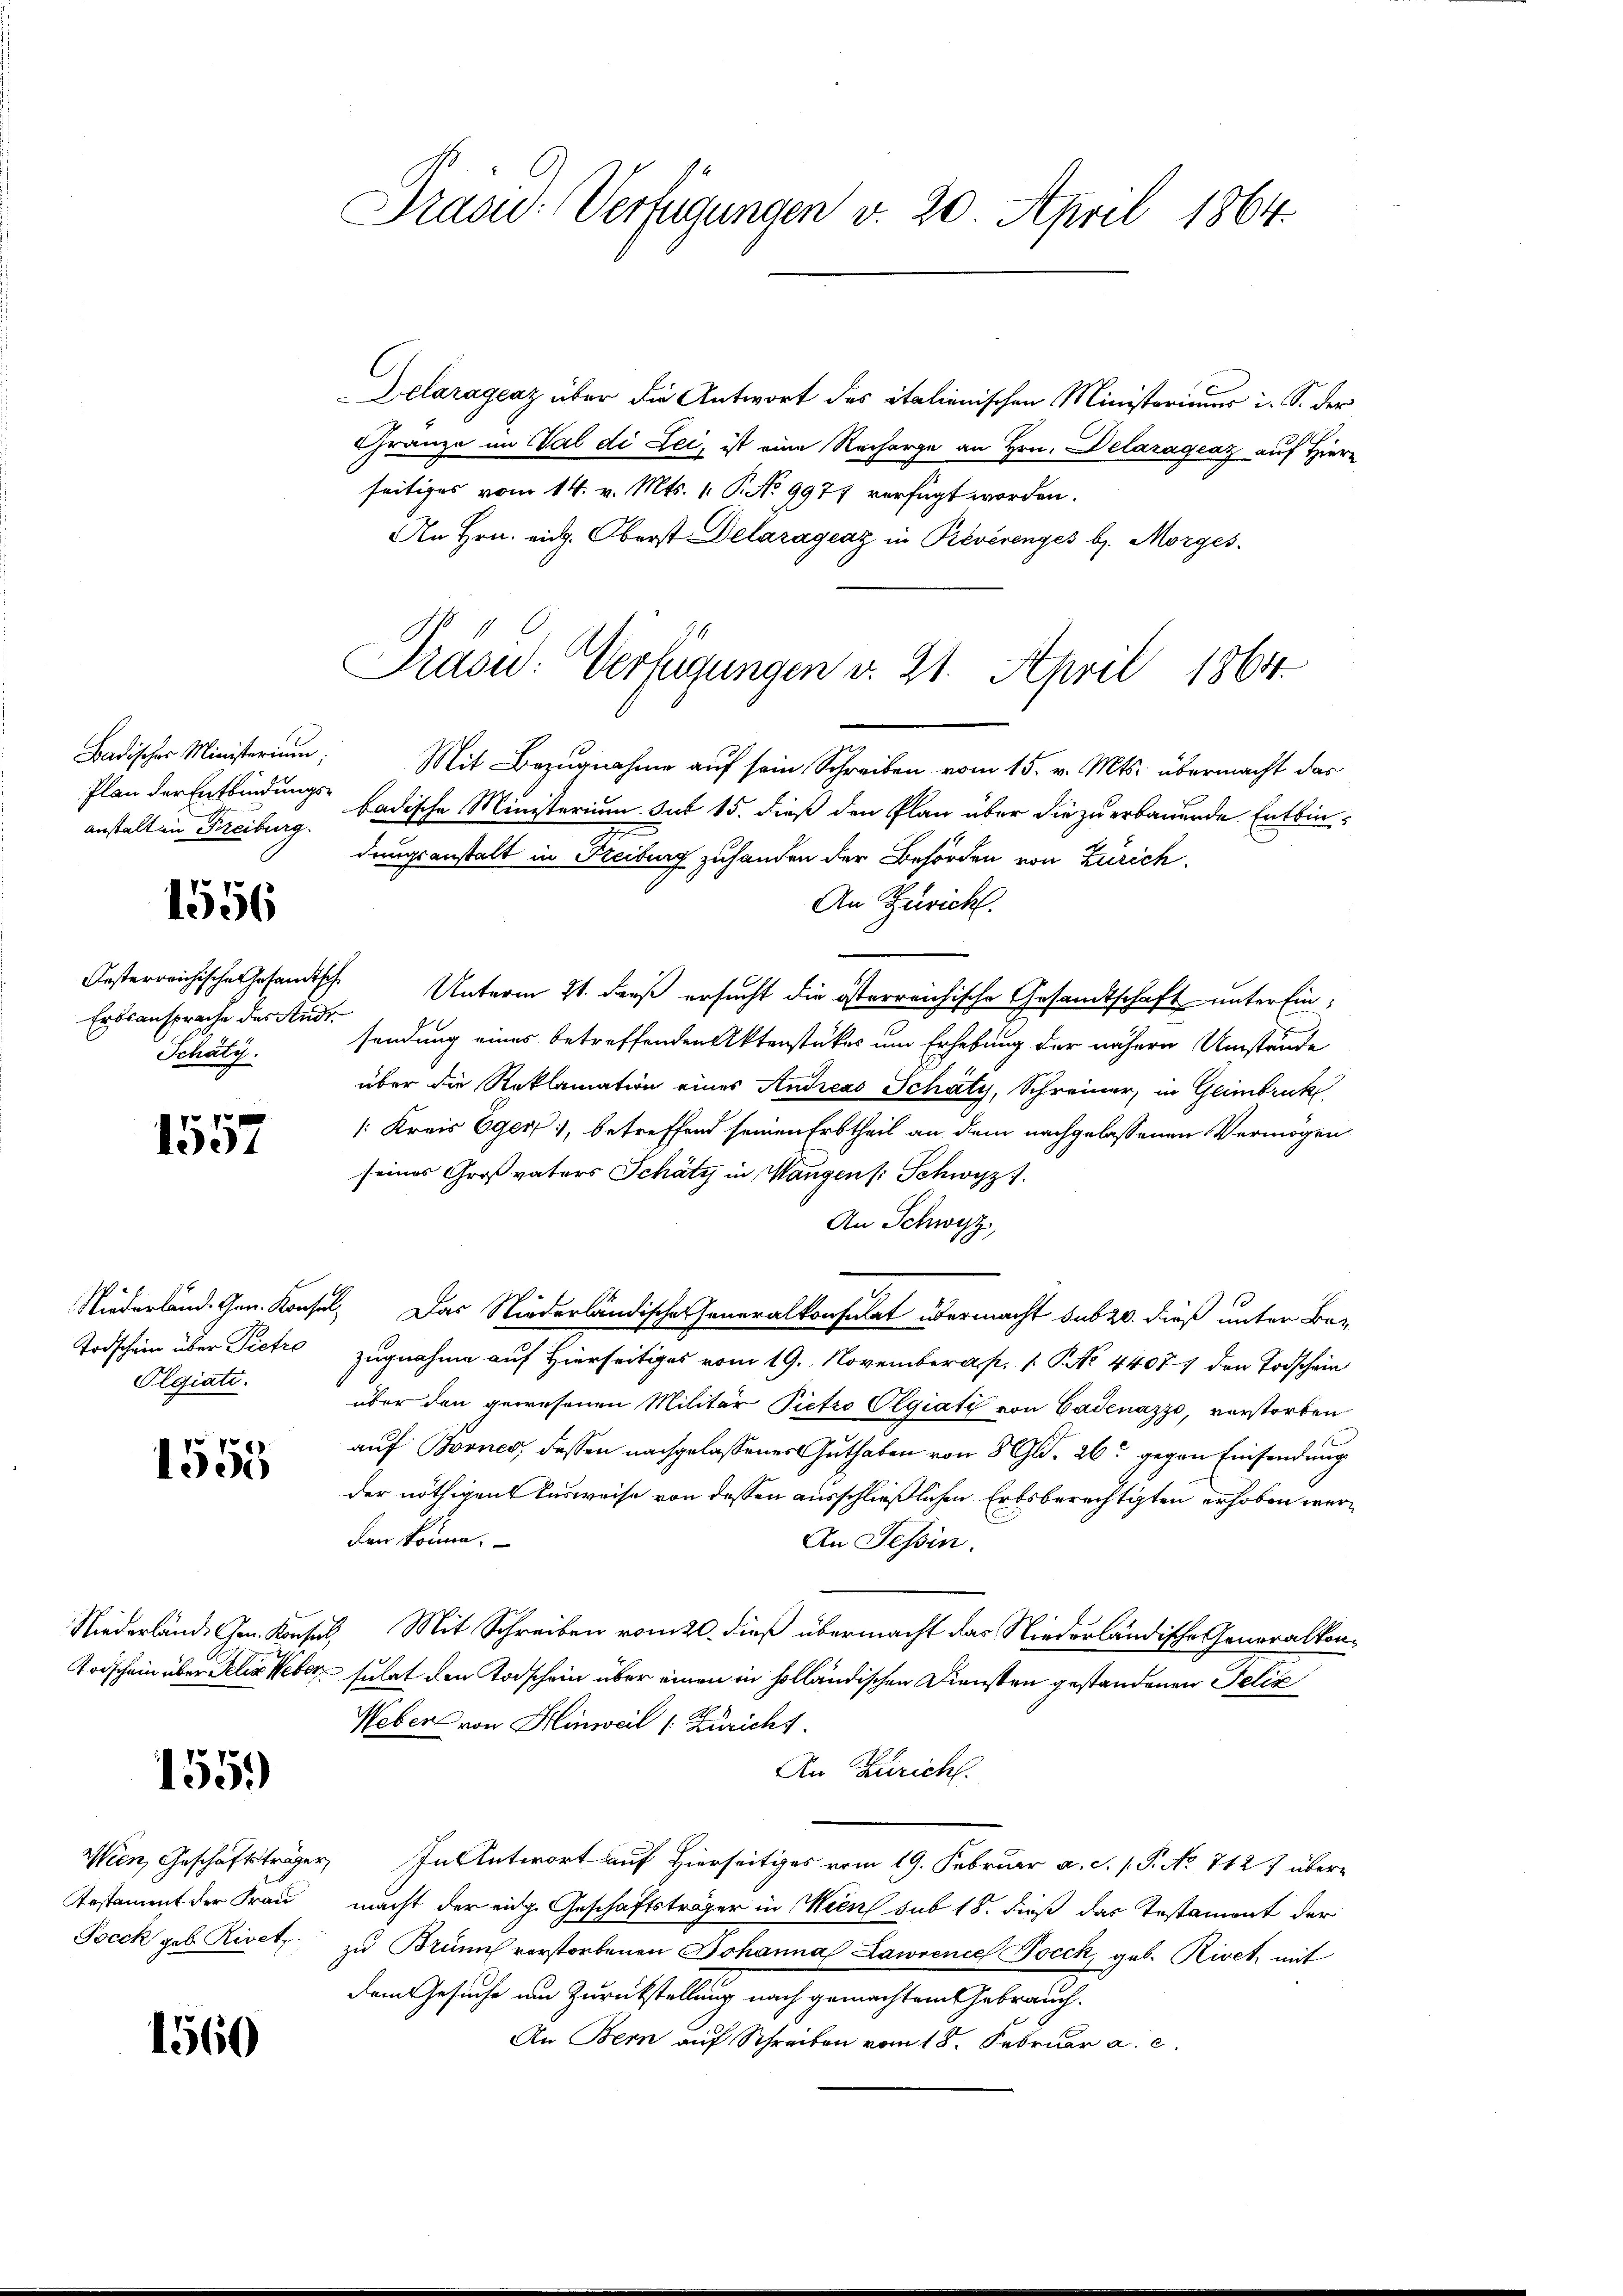
Badischer Ministerium,
Plan der Entbindungsanstalt in Freiburg.

1556

Ertsansprache des Ande
Schätz

1557

Olgiati

1555

155.

Jocck geb. Rivet

1560

Prasid-Verfügungen v. 20. April 1864.

Delaragenz über die Antwort des italienischen Ministeriums i. S. der
Gränze im al di Lei, ist eine Recharge an Hrn. Delaragcaz auf Hiern
seitiges vom 14. v. Mts. 1. P. No 9977 verfügt worden.
An Hrn. eid. Oberst Delaragenz in Reverenges b. Morges.
Mit Bezugnahme auf sein Schreiben vom 15. v. Mts. übermacht das
badische Ministerium sub 15. dieß den Plan über die zu erbauende Entbindungsanstalt in Freiburg zuhanden der Behörden von Zürich
An Zürich.
Oesterreichische Gesamtsche Unterm 21. ders ersucht die österreichische Gesandtschaft unter Ein-
sendung eines betreffenden Aktenstükes um Erhebung der nähern Umstände
über die Reklamation eines Andreas Schäty, Schreiner, in Geinbruck
: Kreis Eger, betreffend seinen Erbtheil an dem nachgelassenen Vermögen
seines Großvaters Schätz in Wangen (: Schwyz).
An Schwyz,
Niederlände Gen. Konsel. Das Niederländische Generalkonsulat übermacht sub 20. dieß unter Be¬
Todschein über Pietro zugnahme auf Hierseitiges vom 19. Novemberap. 1. No 44071 den Todschein
über den gewesenen Militär Pietro Olgiati von Gadenazzo, vorstorben
auf Booner, dessen nachgelassenes Guthaben von 8 Gld. 26. gegen Einsendung
der nöthigen Ausweise von dessen ausschließlichen Erbsberechtigten erhoben werden könne.
An Teßin.
Niederlände Gen. Konsul, Mit Schreiben vom 20. dieß übermacht das Niederländische Generalkon¬
Toischein über Felix Weber suchet den Todschein über einen in holländischen Diensten gestandenen Pelik
Neben von Hinweil (Züricht.
An Zürich.
Wien, Geschäftsträger, In Antwort auf Hierseitiges vom 19. Februar a. c. 1. P. No 712 7 über¬
Testament der Frau macht der eige Geschäftsträger in Mein sub 18. dieß das Testament der
zu Brünn verstorbenen Johanna Lawienie Pocck, geb. Rivet, mit
dem Gesuche um Zurückstellung nach gemachtem Gebrauch
An Bern auf Schreiben vom 18. Februar a. c.

Präsu: Verfügungen v. 21. April 1864.